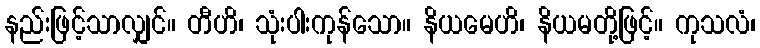
နည်းဖြင့်သာလျှင်။ တီဟိ၊ သုံးပါးကုန်သော။ နိယမေဟိ၊ နိယမတို့ဖြင့်။ ကုသလံ၊